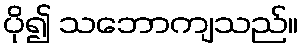
ပို၍ သဘောကျသည်။